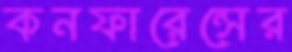
কনফারেন্সের